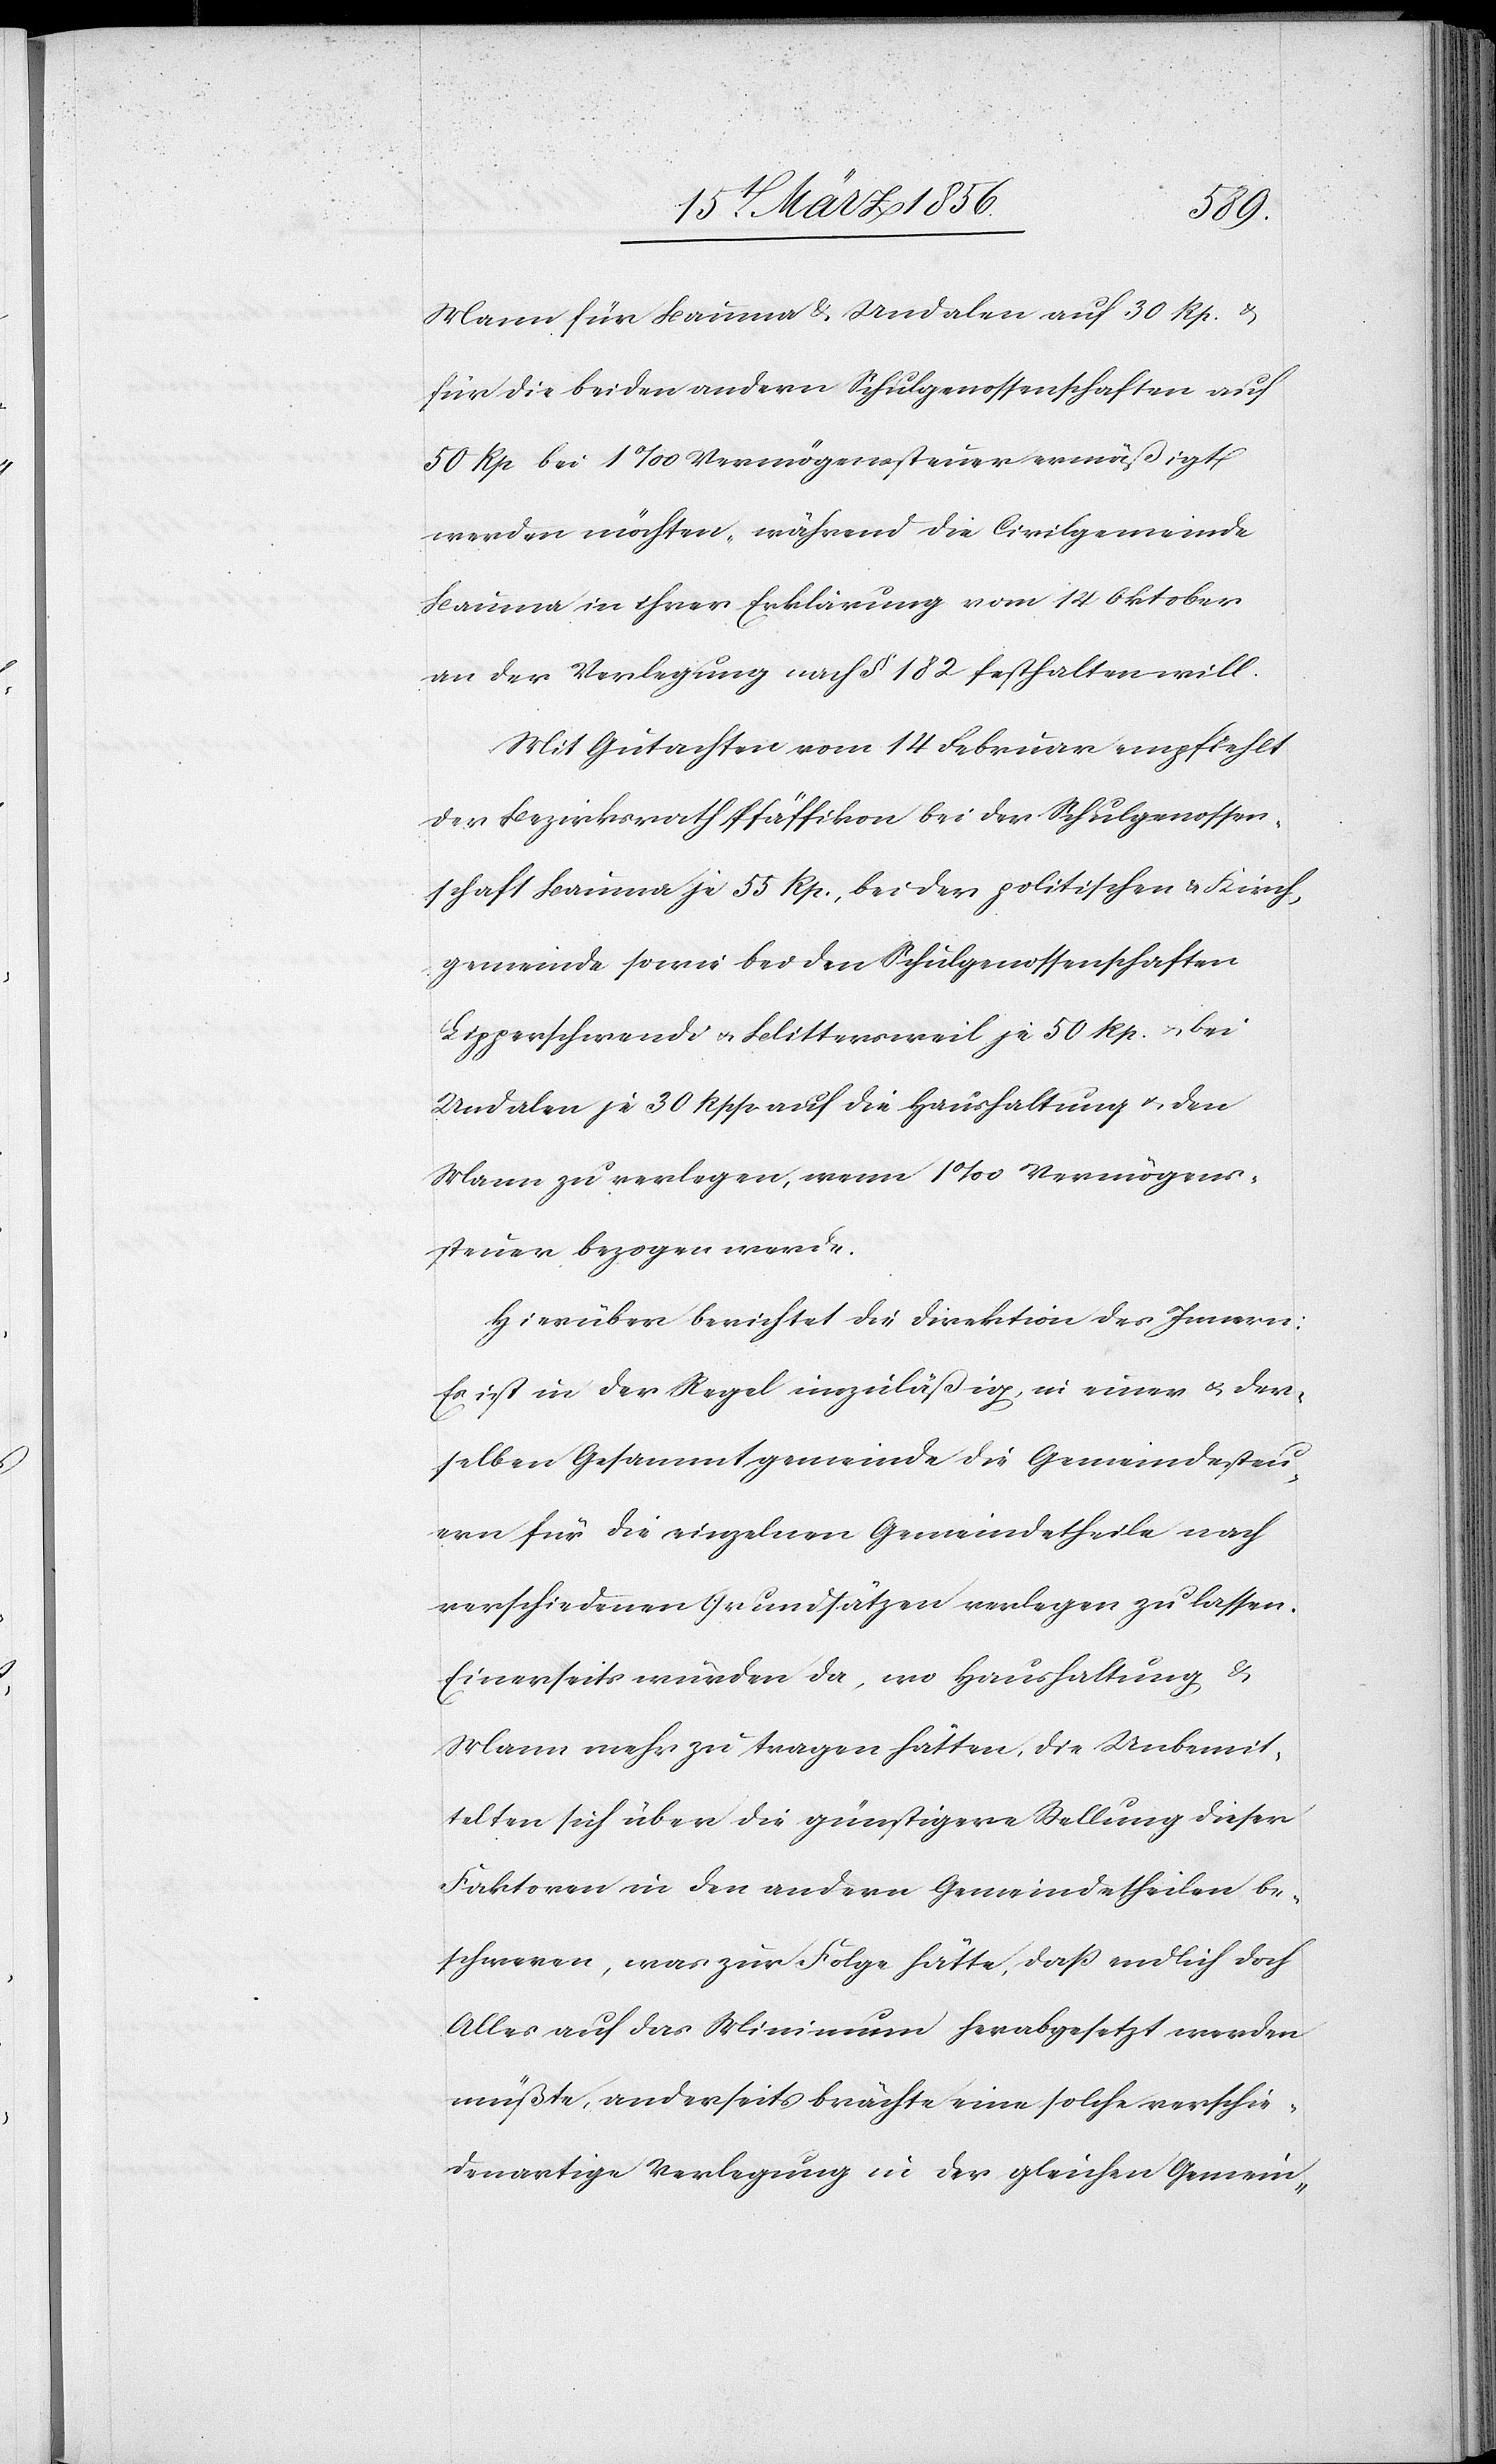
Mann für Bauma & Undalen auf 30 Rp. &
für die beiden andern Schulgenossenschaften auf
50 Rp bei 1‰ Vermögenssteuer ermäßigt
werden möchten, während die Civilgemeinde
Bauma in ihrer Erklärung vom 14 Oktober
an der Verlegung nach § 182 festhalten will.
Mit Gutachten vom 14 Februar empfiehlt
der Bezirksrath Pfäffikon bei der Schulgenossen¬
schaft Bauma je 55 Rp., bei der politischen & Kirch¬
gemeinde sowie bei den Schulgenossenschaften
Lipperschwendi u. Blittersweil je 50 Rp. u. bei
Undalen je 30 Rpp. auf die Haushaltung u. den
Mann zu verlegen, wenn 1‰ Vermögens¬
steuer bezogen werde.
Hierüber berichtet die Direktion des Innern:
Es ist in der Regel unzuläßig, in einer & der¬
selben Gesammtgemeinde die Gemeindesteu¬
ern für die einzelnen Gemeindetheile nach
verschiedenen Grundsätzen verlegen zu lassen.
Einerseits würden da, wo Haushaltung &
Mann mehr zu tragen hätten, die Unbemit¬
telten sich über die günstigere Stellung dieser
Faktoren in den andern Gemeindetheilen be¬
schweren, was zur Folge hätte, daß endlich doch
Alles auf das Minimum herabgesetzt werden
müßte, anderseits brächte eine solche verschie¬
denartige Verlegung in der gleichen Gemein-